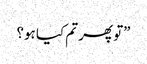
”تو پھر تم کیا ہو؟